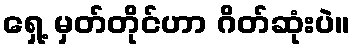
ရှေ့ မှတ်တိုင်ဟာ ဂိတ်ဆုံးပဲ။